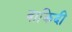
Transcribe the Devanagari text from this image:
वाकिदी